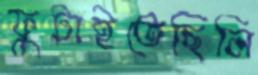
ফুটাইতেছিলি